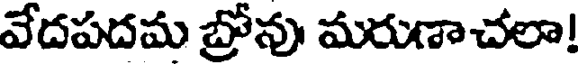
వేదపదమ బ్రోను మరుణాచలా!